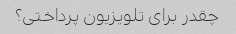
چقدر برای تلویزیون پرداختی؟